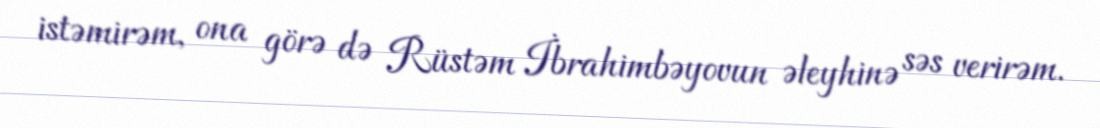
istəmirəm, ona görə də Rüstəm İbrahimbəyovun əleyhinə səs verirəm.